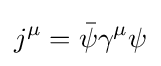
j^{\mu }={\bar {\psi }}\gamma ^{\mu }\psi